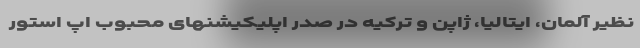
نظیر آلمان، ایتالیا، ژاپن و ترکیه در صدر اپلیکیشنهای محبوب اپ استور